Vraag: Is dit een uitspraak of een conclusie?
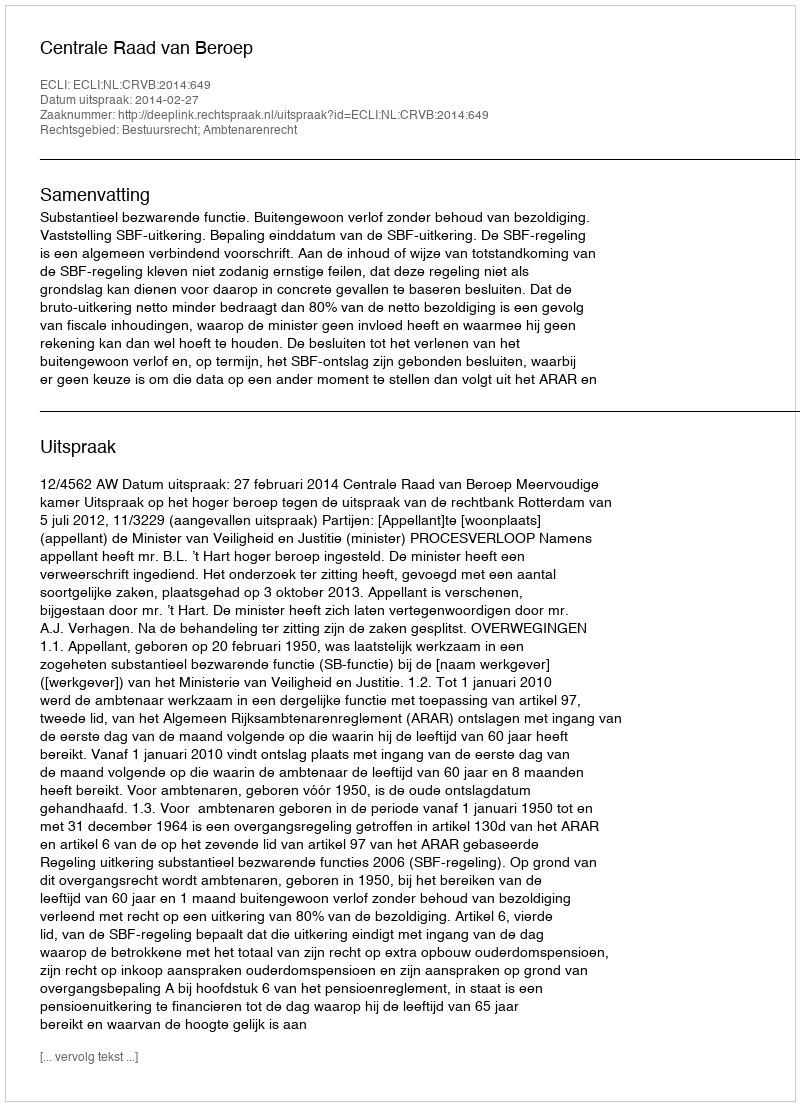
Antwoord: Uitspraak